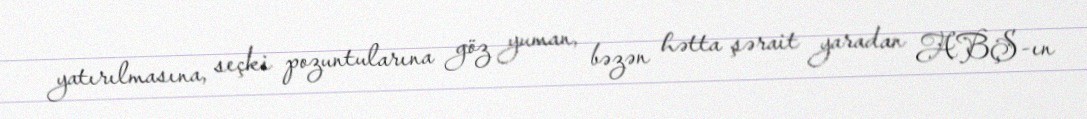
yatırılmasına, seçki pozuntularına göz yuman, bəzən hətta şərait yaradan ABŞ-ın